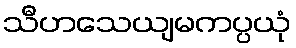
သီဟသေယျမကပ္ပယုံ